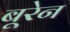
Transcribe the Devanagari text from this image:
बूरेन